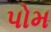
પોમ